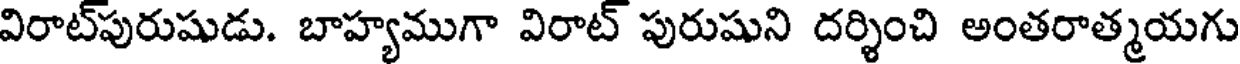
విరాట్పురుషుడు. బాహ్యముగా విరాట్ పురుషుని దర్శించి అంతరాత్మయగు